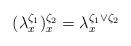
LaTeX: \begin{align*}(\lambda_{x}^{\zeta_1})_{x}^{\zeta_2}=\lambda_{x}^{\zeta_1\vee\zeta_2}\end{align*}